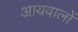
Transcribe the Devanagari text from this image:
आयवालों